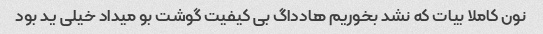
نون کاملا بیات که نشد بخوریم هادداگ بی کیفیت گوشت بو میداد خیلی ید بود